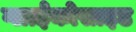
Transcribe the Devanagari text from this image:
ग्लाईकोसाइड